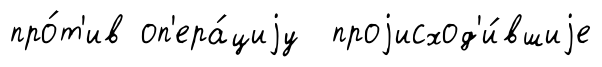
про́т'ив оп'ера́циjу проjисход'и́вшиjе